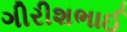
ગીરીશભાઈ